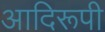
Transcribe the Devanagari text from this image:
आदिरूपी